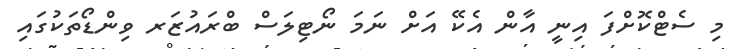
މި ސެޓްކޮށްފަ އިނީ އާން އެކޭ އަށް ނަމަ ނޯޓިލަސް ބްރައުޒަރ ވިންޑޯތަކުގައި